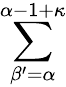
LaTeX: \sum_{\beta^{\prime}=\alpha}^{\alpha-1+\kappa}